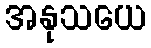
အနုသယေ